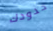
حدودك